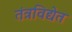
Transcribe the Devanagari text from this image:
तंत्रविद्येत